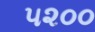
૫૨૦૦